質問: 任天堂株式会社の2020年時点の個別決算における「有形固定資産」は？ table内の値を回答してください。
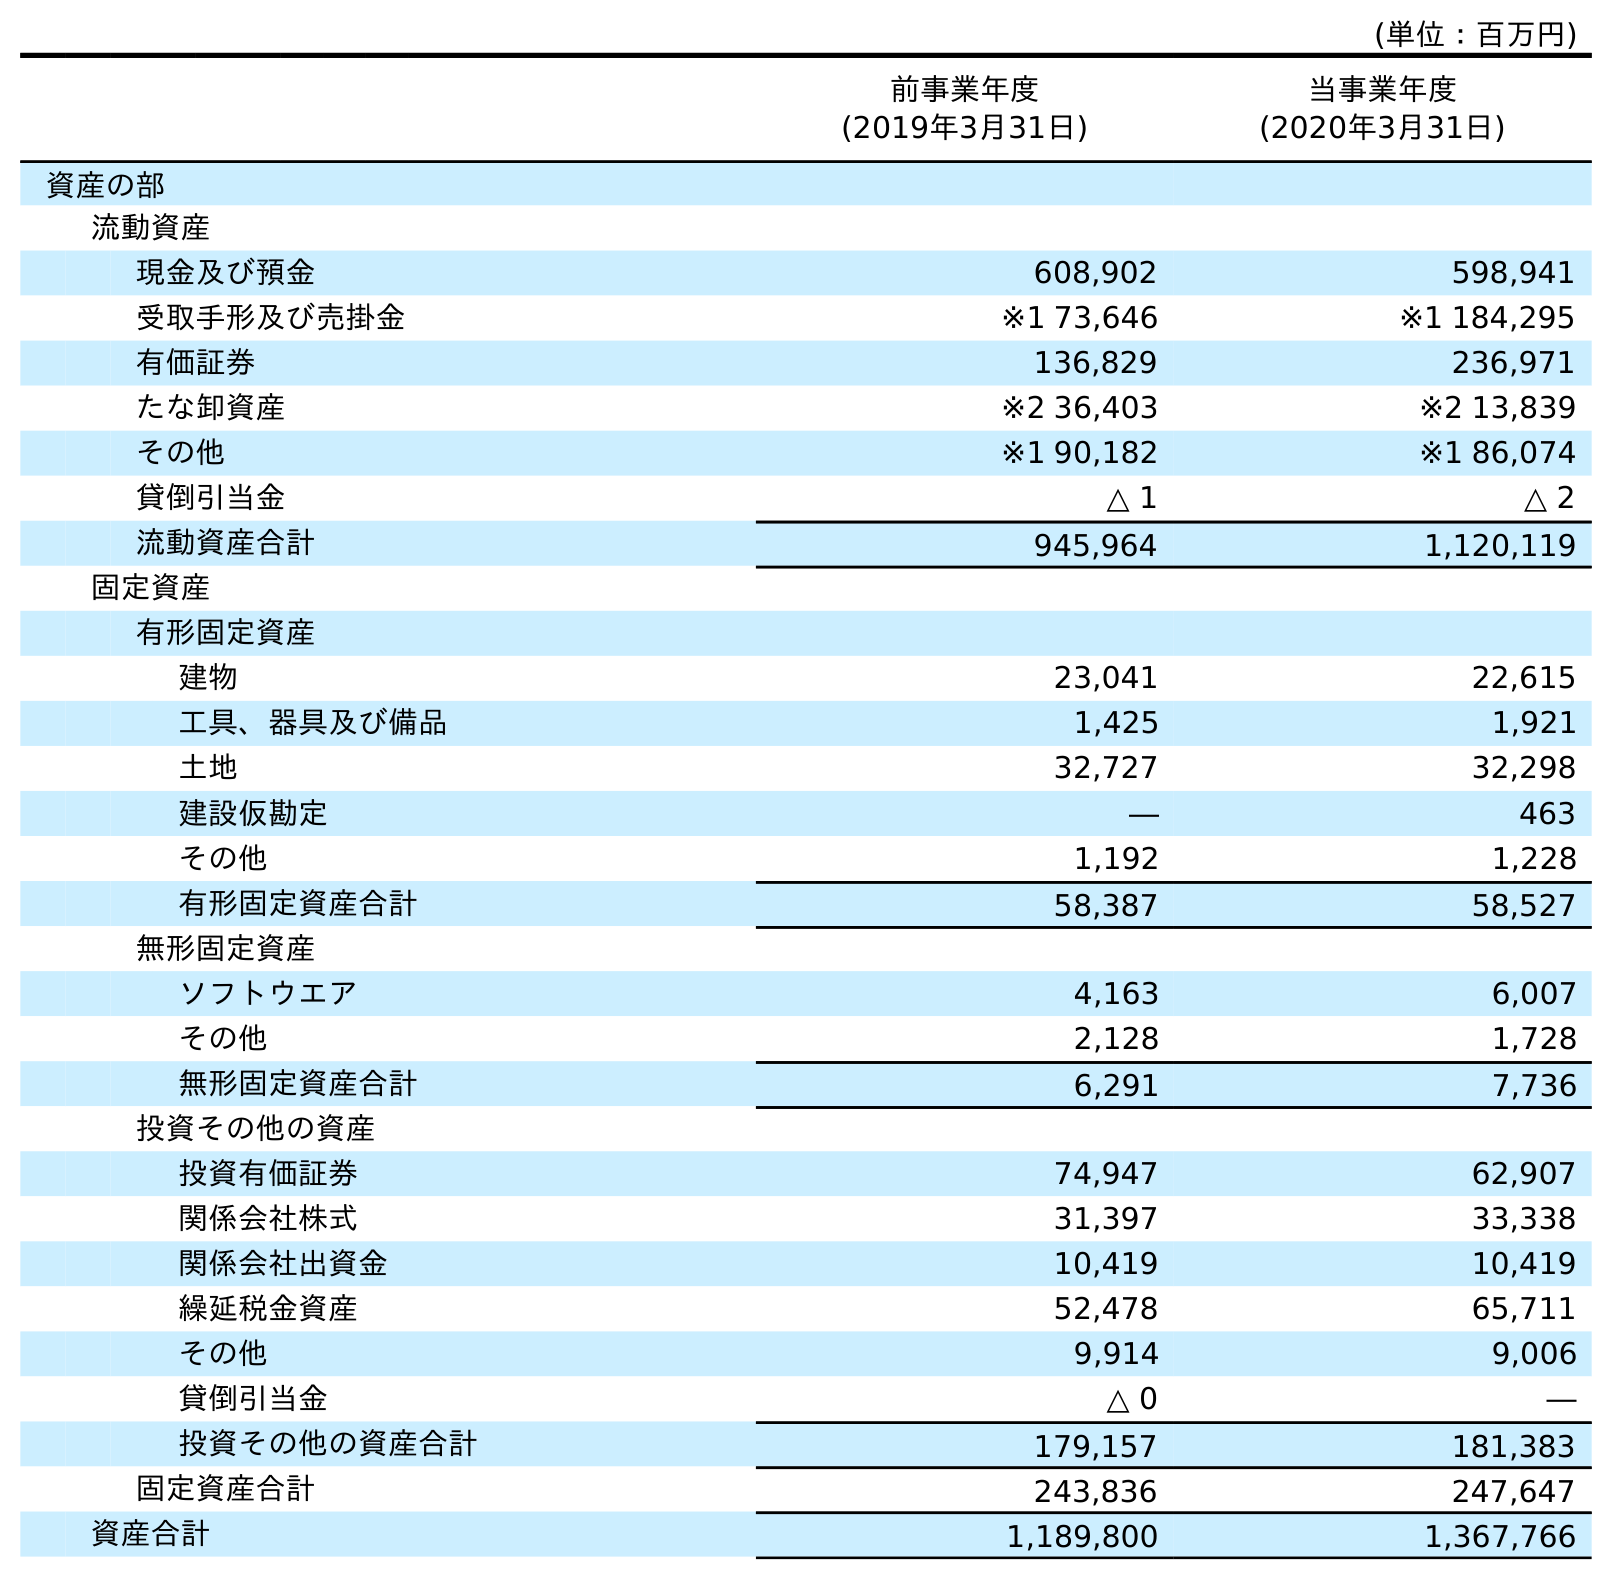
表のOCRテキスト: (単位：百万円) 前事業年度 (2019年3月31日) 当事業年度 (2020年3月31日) 資産の部 流動資産 現金及び預金 608,902 598,941 受取手形及び売掛金 ※1 73,646 ※1 184,295 有価証券 136,829 236,971 たな卸資産 ※2 36,403 ※2 13,839 その他 ※1 90,182 ※1 86,074 貸倒引当金 △ 1 △ 2 流動資産合計 945,964 1,120,119 固定資産 有形固定資産 建物 23,041 22,615 工具、器具及び備品 1,425 1,921 土地 32,727 32,298 建設仮勘定 ― 463 その他 1,192 1,228 有形固定資産合計 58,387 58,527 無形固定資産 ソフトウエア 4,163 6,007 その他 2,128 1,728 無形固定資産合計 6,291 7,736 投資その他の資産 投資有価証券 74,947 62,907 関係会社株式 31,397 33,338 関係会社出資金 10,419 10,419 繰延税金資産 52,478 65,711 その他 9,914 9,006 貸倒引当金 △ 0 ― 投資その他の資産合計 179,157 181,383 固定資産合計 243,836 247,647 資産合計 1,189,800 1,367,766
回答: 58,527